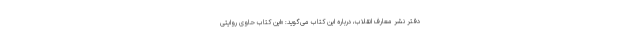
دفتر نشر معارف انقلاب، درباره این کتاب می‌گوید: «این کتاب حاوی روایتی